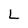
Character: L